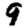
Digit: 9